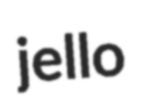
jello